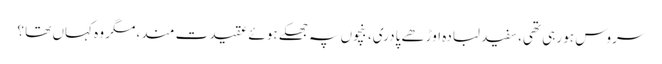
سروس ہو رہی تھی، سفید لبادہ اوڑھے پادری، بنچوں پہ جھکے ہوئے عقیدت مند، مگر وہ کہاں تھا ؟